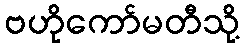
ဗဟိုကော်မတီသို့